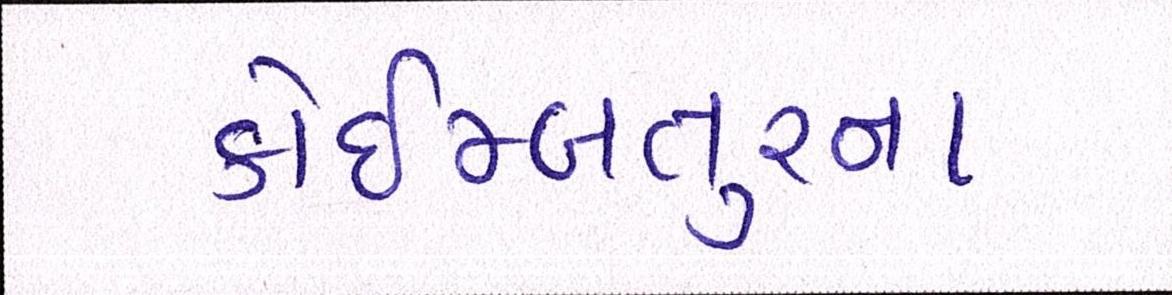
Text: કોઇમ્બતુરના